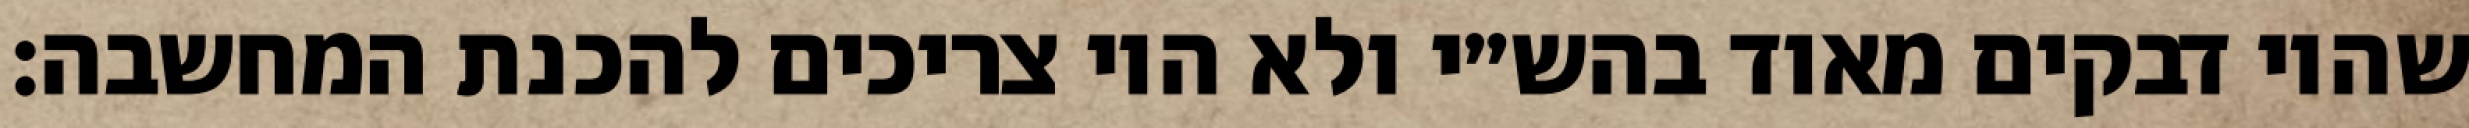
שהיו דבקים מאוד בהש״י ולא היו צריכים להכנת המחשבה: